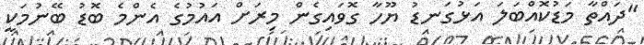
"ދައްތާ މަޑުކޮއްބަލަ އަޅުގަނޑު ޔޫހާ ގޮވައިގެން މިރަށް އައުމުގެ އެންމެ ބޮޑު ބޭނުމަކީ